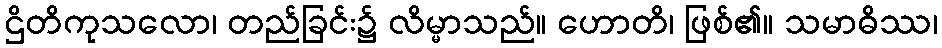
ဌိတိကုသလော၊ တည်ခြင်း၌ လိမ္မာသည်။ ဟောတိ၊ ဖြစ်၏။ သမာဓိဿ၊